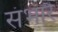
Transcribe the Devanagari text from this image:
संभारै